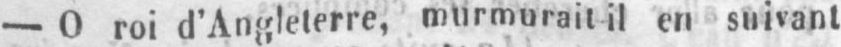
- O roi d’Angleterre, murmurait il en suivant